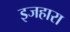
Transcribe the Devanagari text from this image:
इजहारा